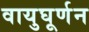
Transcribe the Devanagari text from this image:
वायुघूर्णन